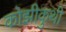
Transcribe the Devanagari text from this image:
कोझीकुथी